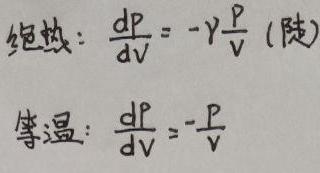
绝热：$\frac{\mathrm{d}p}{\mathrm{d}V}=-\gamma\frac{p}{V}$（陡）
等温：$\frac{\mathrm{d}p}{\mathrm{d}V}=-\frac{p}{V}$